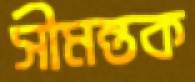
সীমন্তক